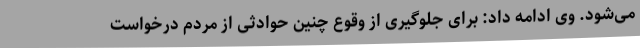
می‌شود. وی ادامه داد: برای جلوگیری از وقوع چنین حوادثی از مردم درخواست